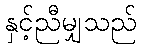
နှင့်ညီမျှသည်